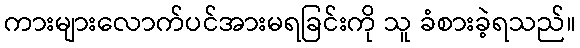
ကားများလောက်ပင်အားမရခြင်းကို သူ ခံစားခဲ့ရသည်။